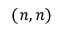
( n , n )